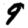
Digit: 9